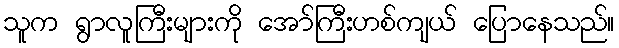
သူက ရွာလူကြီးများကို အော်ကြီးဟစ်ကျယ် ပြောနေသည်။